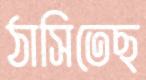
ঠাসিতেছ